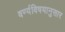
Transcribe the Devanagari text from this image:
वर्ण्यविषयानुसार